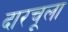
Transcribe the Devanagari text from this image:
दारचूला